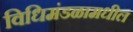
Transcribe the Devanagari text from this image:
विधिमंडळामधील